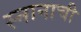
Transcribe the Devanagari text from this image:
स्नानाची